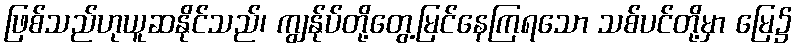
ဖြစ်သည်ဟုယူဆနိုင်သည်၊ ကျွန်ုပ်တို့တွေ့မြင်နေကြရသော သစ်ပင်တို့မှာ မြေ၌